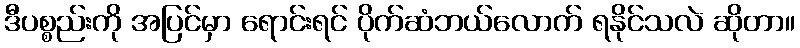
ဒီပစ္စည်းကို အပြင်မှာ ရောင်းရင် ပိုက်ဆံဘယ်လောက် ရနိုင်သလဲ ဆိုတာ။